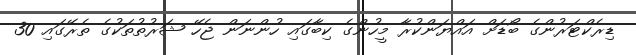
ޑިރެކްޓަރުންގެ ބޯޑަށް އައްޔަންކުރާ މީހުންގެ ކިބާގައި ހުންނަން ޖެހޭ ޝަރުތުތަކުގެ ތެރޭގައި 30